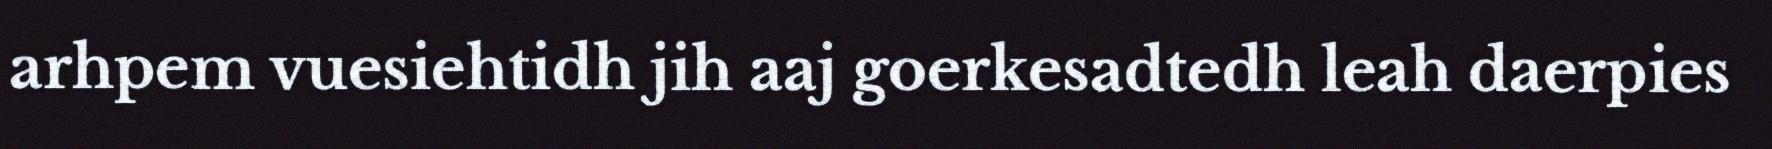
arhpem vuesiehtidh jih aaj goerkesadtedh leah daerpies